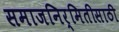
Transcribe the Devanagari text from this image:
समाजनिर्मितीसाठी